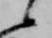
候